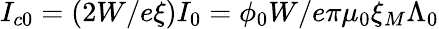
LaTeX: I_{c0}=(2W/e\xi)I_{0}=\phi_{0}W/e\pi\mu_{0}\xi_{M}\Lambda_{0}